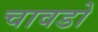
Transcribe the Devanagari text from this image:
चावडो